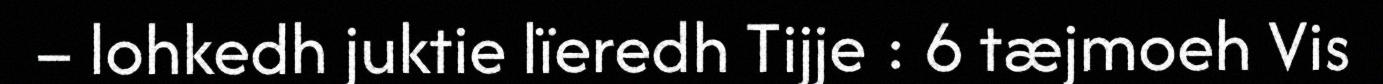
– lohkedh juktie lïeredh Tijje : 6 tæjmoeh Vis